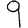
Digit: 9